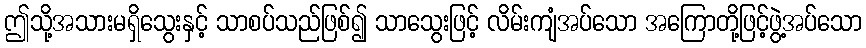
ဤသို့အသားမရှိသွေးနှင့် သာစပ်သည်ဖြစ်၍ သာသွေးဖြင့် လိမ်းကျံအပ်သော အကြောတို့ဖြင့်ဖွဲ့အပ်သော